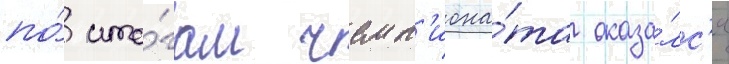
по́ ито́гам чемп'иона́та оказа́лс'я